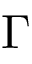
\Gamma